Insane asylums in Bengal annual reports 1876-1887 - 1876-1887
Year: 1876
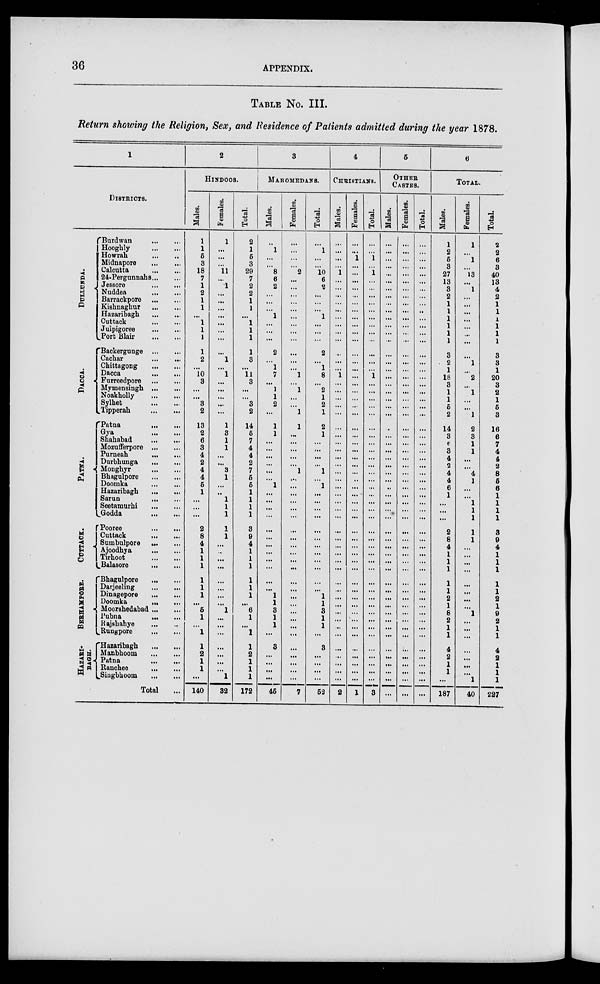
36
APPENDIX.
TABLE NO. III.
Return showing the Religion, Sex, and Residence of Patients admitted during the year 1878.
1
DISTRICTS.
DULLUNDA.
DACCA.
PATNA.
CUTTACK.
BE RHAMP ORE .
HAZARI-
BAGH.
Burdwan
...
...
Hooghly ... ...
Howrah
...
...
Midnapore ... ...
Calcutta
...
...
24-Pergunnahs ... ...
Jessore
...
...
Nuddea
...
...
Barrackpore
...
...
Kishnaghur
...
...
Hazaribagh
...
...
Cuttack
...
...
Julpigoree
...
...
Port Blair
...
...
Backergunge ... ...
Cachar ... ...
Chittagong ... ...
Dacca
...
...
Furreedpore ... ...
Mymensingh ...
...
Noakholly ... ...
Sylhet
...
...
Tipperah ... ...
Patna ... ...
Gya
...
...
Shahabad
...
...
Mozufferpore
...
...
Purneah
...
...
Durbhunga
...
...
Monghyr ... ...
Bhagulpore ... ...
Doomka
...
...
Hazaribagh
...
...
Sarun
...
...
Seetamurhi
...
...
Godda
...
...
Pooree
...
...
Cuttack ... ...
Sumbulpore ... ...
Ajoodhya
...
...
Tirhoot ... ...
Balasore ... ...
Bhagulpore
...
...
Darjeeling
...
...
Dinagepore
...
...
Doomka ... ...
Moorshedabad ... ...
Pubna
...
...
Rajshahye
...
...
Rung pore
...
...
Hazaribagh
...
...
Manbhoom ... ...
Patna
...
...
Ranchee ... ...
Singbhoom
...
...
Total ...
2
HINDOOS.
Males.
1
1
5
3
18
7
1
2
1
1
...
1
1
1
1
2
...
10 3
...
...
3
2
13
2
6
3
4
2
4
4
5
1
...
... ...
2
8
4
1
1
1
1
1
1
...
5
1
... 1
1
2
1
1
...
140
Females.
1
...
...
...
11
...
1
...
...
...
...
...
...
...
... 1
... 1
...
... ...
...
...
1
3
1
1
...
...
3
1
...
..
1
1
1
1
1
...
..
...
...
...
...
...
... 1
...
...
...
...
...
...
...
1
32
Total.
2
1
5
3
29
7
2
2
1
1
...
1
1
1
1
3
... 11
3
...
...
3
2
14
5
7
4
4
2
7
5
5
1
1
1
1
3
9
4
1
1
1
1
1
1
...
6
1
... 1
1
2
1
1
1
172
3
MAHOMEDANS.
Males.
...
1
...
...
8
6
2
...
...
...
1
...
...
...
2
...
...
7
...
1
1
2
...
1
1
...
...
...
...
...
...
1
...
...
...
...
...
...
...
...
...
...
...
... 1
1
3
1
1
...
3
...
...
...
...
45
Females.
...
...
...
...
2
...
...
...
...
...
...
...
...
...
...
...
... 1
...
1
...
...
1
1
...
...
...
...
...
1
...
...
...
...
...
...
...
...
...
...
...
...
...
...
...
...
...
...
...
...
...
...
...
7
Total.
...
1
...
...
10
6
2
...
...
...
1
...
...
...
2
...
...
8
...
2
1
2
1
2
1
...
...
...
...
1
...
1
...
...
...
...
...
...
...
...
...
...
...
...
1
1
3
1
1
...
3
...
...
...
...
52
4
CHRISTIANS.
Males.
...
...
...
...
1
...
...
...
...
...
...
...
...
...
...
...
... 1
...
...
...
...
...
...
...
...
...
...
...
...
...
...
...
...
...
...
...
...
...
...
...
...
...
...
...
...
...
...
...
...
...
...
...
...
2
Females.
...
...
1
...
...
...
...
...
...
...
...
...
...
...
...
...
... ...
...
...
...
...
...
...
...
...
...
...
...
...
...
...
...
...
...
...
...
...
...
...
...
...
...
...
...
...
...
...
... ...
...
...
...
...
...
1
Total.
...
...
1
...
1
...
...
...
...
...
...
...
...
...
...
...
... 1
...
...
...
...
...
...
...
...
...
...
...
...
...
...
...
...
...
...
...
...
...
...
...
...
...
...
...
...
...
...
...
...
...
...
...
...
...
3
5
OTHER
CASTES.
Males.
...
...
...
...
...
...
...
...
...
...
...
...
...
...
...
...
... ...
...
...
...
...
...
..
... ...
...
...
...
...
...
...
...
...
...
...
...
...
...
...
...
...
...
...
...
...
...
...
... ...
...
...
...
...
...
...
Females.
...
...
...
...
...
...
...
...
...
...
...
...
...
...
...
...
... ...
...
...
...
...
...
...
...
...
...
...
...
...
...
...
...
...
...
...
...
...
...
...
...
...
...
...
...
...
...
...
...
...
...
...
...
...
...
...
Total.
...
...
...
...
...
...
...
...
...
..
...
...
...
...
...
...
... ...
...
...
...
...
...
...
...
...
...
...
...
...
...
...
...
...
...
...
...
...
...
...
...
...
...
...
...
...
...
...
...
...
...
...
...
...
...
...
6
TOTAL.
Males.
1
2
5
3
27
13
3
2
1
1
1
1
1
1
3
2
1
18
3
1
1
5
2
14
3
6
3
4
2
4
4
6
1
...
... ...
2
8
4
1
1
1
1
1
2
1
8
2
1
1
4
2
1
1
...
187
Females.
1
... 1
...
13
...
1
...
...
...
...
...
...
...
... 1
... 2
...
1
...
...
1
2
3
1
1
...
...
4
1
...
...
1
1
1
1
1
...
...
...
...
...
...
...
...
1
... ...
...
...
...
...
... 1
40
Total.
2
2
6
3
40
13
4
2
1
1
1
1
1
1
3
3
1
20
3
2
1
5
3
16
6
7
4
4
2
8
5
6
1
1
1
1
3
9
4
1
1
1
1
1
2
1
9
2
1
1
4
2
1
1
1
227